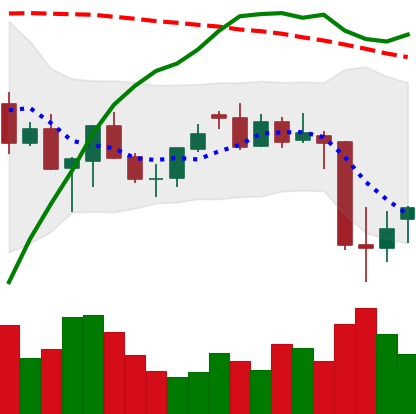
Ticker: XMR-USD
Chart end date: 2021-06-24
Forward return: -3.52%
Label: down_3_5